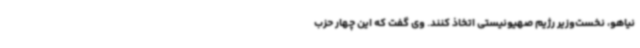
نیاهو، نخست‌وزیر رژیم صهیونیستی اتخاذ کنند. وی گفت که این چهار حزب